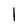
Character: l